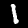
Digit: 1